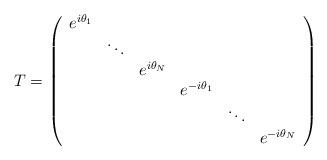
LaTeX: \begin{align*}T= \left(\begin{array}{cccccc}e^{i \theta_1} & & & & & \\ & \ddots & & & &\\& & e^{i \theta_N} & & & \\ & & & e^{-i \theta_1} & & \\ & & & & \ddots & \\ & & & & & e^{-i \theta_N} \\\end{array}\right)\end{align*}